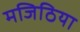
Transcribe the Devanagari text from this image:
मजिठिया